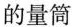
的量筒